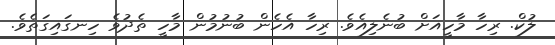
ލުކް. ރިހާ މާހީއަށް ބުނެލިއެވެ. ރިހާ އެހެން ބުނުމުން މާހީ ތެދުވެ ހިނގައިގަތެވެ.